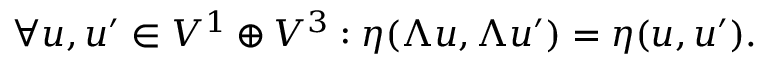
\forall u , u ^ { \prime } \in V ^ { 1 } \oplus V ^ { 3 } : \eta ( \Lambda u , \Lambda u ^ { \prime } ) = \eta ( u , u ^ { \prime } ) .